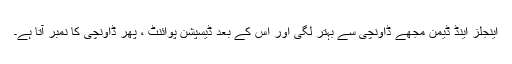
اینجلز اینڈ ڈیمن مجھے ڈاونچی سے بہتر لگی اور اس کے بعد ڈیسپشن پوائنٹ ، پھر ڈاونچی کا نمبر آتا ہے۔